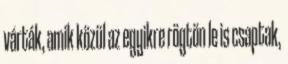
várták, amik közül az egyikre rögtön le is csaptak,